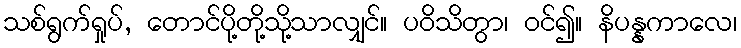
သစ်ရွက်ရှုပ်, တောင်ပို့တို့သို့သာလျှင်။ ပဝိသိတွာ၊ ဝင်၍။ နိပန္နကာလေ၊